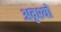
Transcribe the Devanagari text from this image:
अदृश्यो